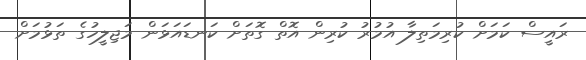
ރައީސް ކަމަށް ކުރިމަތިލާ އުމުރު ކުރިން އޮތް ގޮތަށް ކަނޑައަޅަން މަޖިލީހުގެ ތަޅުމަށް